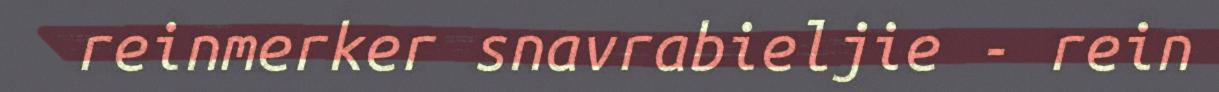
reinmerker snavrabieljie - rein